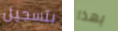
بتسجيل بهذا